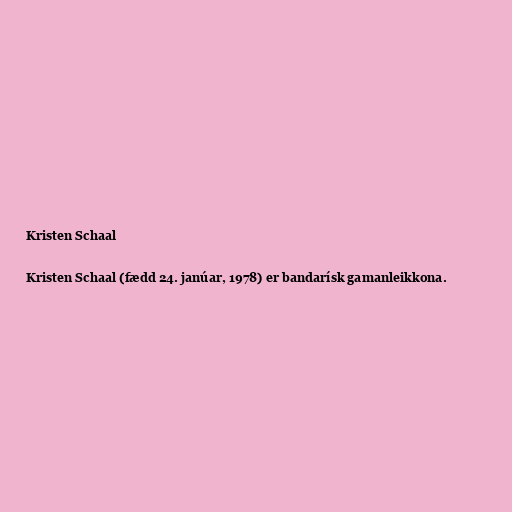
Kristen Schaal

Kristen Schaal (fædd 24. janúar, 1978) er bandarísk gamanleikkona.